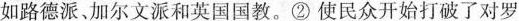
如路德派、加尔文派和英国国教。②使民众开始打破了对罗